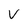
Character: V